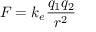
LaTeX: F = k _ { e } { \frac { q _ { 1 } q _ { 2 } } { r ^ { 2 } } }